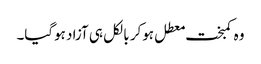
وہ کمبخت معطل ہوکر بالکل ہی آزاد ہوگیا۔